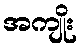
အကျိုး